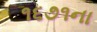
૧૬૭૧ના